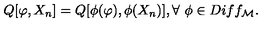
Q [ \varphi , X _ { n } ] = Q [ \phi ( \varphi ) , \phi ( X _ { n } ) ] , \forall \ \phi \in D i f f _ { \cal M } .